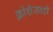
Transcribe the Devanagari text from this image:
क्रोशेसाठी